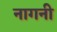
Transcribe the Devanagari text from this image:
नागनी